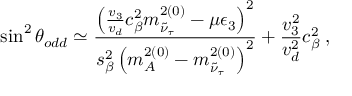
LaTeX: \sin ^ { 2 } { \theta _ { o d d } } \simeq { \frac { \left( { \frac { v _ { 3 } } { v _ { d } } } c _ { \beta } ^ { 2 } m _ { \tilde { \nu } _ { \tau } } ^ { 2 ( 0 ) } - \mu \epsilon _ { 3 } \right) ^ { 2 } } { s _ { \beta } ^ { 2 } \left( m _ { A } ^ { 2 ( 0 ) } - m _ { \tilde { \nu } _ { \tau } } ^ { 2 ( 0 ) } \right) ^ { 2 } } } + \frac { v _ { 3 } ^ { 2 } } { v _ { d } ^ { 2 } } c _ { \beta } ^ { 2 } \; ,